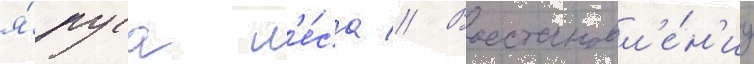
я́руса л'е́са // Восстановл'е́н'иу